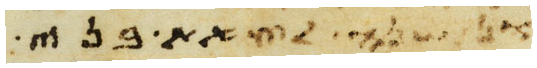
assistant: את משה לכרת את בני